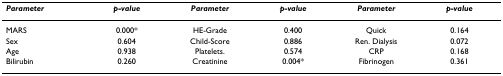
<table><thead><tr><td><b><i>Parameter</i></b></td><td><b><i>p-value</i></b></td><td><b><i>Parameter</i></b></td><td><b><i>p-value</i></b></td><td><b><i>Parameter</i></b></td><td><b><i>p-value</i></b></td></tr></thead><tbody><tr><td>MARS</td><td>0.000*</td><td>HE-Grade</td><td>0.400</td><td>Quick</td><td>0.164</td></tr><tr><td>Sex</td><td>0.604</td><td>Child-Score</td><td>0.886</td><td>Ren. Dialysis</td><td>0.072</td></tr><tr><td>Age</td><td>0.938</td><td>Platelets.</td><td>0.574</td><td>CRP</td><td>0.168</td></tr><tr><td>Bilirubin</td><td>0.260</td><td>Creatinine</td><td>0.004*</td><td>Fibrinogen</td><td>0.361</td></tr></tbody></table>